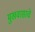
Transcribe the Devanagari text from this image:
मुखवासाचे